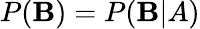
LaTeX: P(\mathbf{B})=P(\mathbf{B}|A)